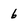
Character: 6